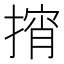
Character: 𱠨